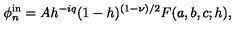
\phi _ { n } ^ { \mathrm { i n } } = A h ^ { - i q } ( 1 - h ) ^ { ( 1 - \nu ) / 2 } F ( a , b , c ; h ) ,